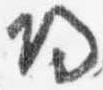
帰